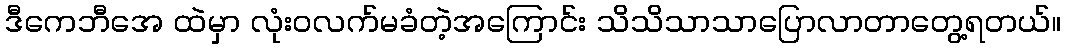
ဒီကေဘီအေ ထဲမှာ လုံးဝလက်မခံတဲ့အကြောင်း သိသိသာသာပြောလာတာတွေ့ရတယ်။